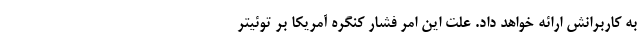
به کاربرانش ارائه خواهد داد. علت این امر فشار کنگره آمریکا بر توئیتر